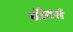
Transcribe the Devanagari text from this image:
बॉटर्स